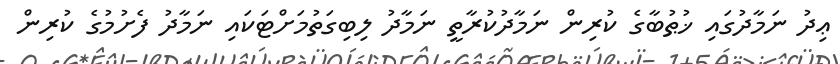
ޢިދު ނަމާދުގައި ޚުޠުބާގެ ކުރިން ނަމާދުކުރާތީ ނަމާދު ލިބިގަތުމަށްޓަކައި ނަމާދު ފެށުމުގެ ކުރިން